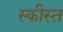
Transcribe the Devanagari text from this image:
स्कीस्त